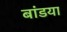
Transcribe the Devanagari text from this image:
बांडया